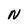
Character: N